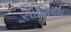
સોબિયા